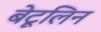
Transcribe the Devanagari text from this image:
बेटूलिन